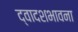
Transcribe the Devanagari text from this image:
द्वादशभावना